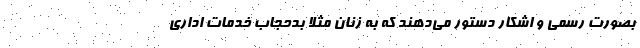
بصورت رسمی و اشکار دستور می‌دهند که به زنان مثلا بدحجاب خدمات اداری